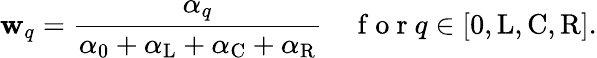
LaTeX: \mathbf{w}_{q}=\frac{{\alpha_{q}}}{{\alpha_{0}+\alpha_{\mathrm{{L}}}+\alpha_{\mathrm{{C}}}+\alpha_{\mathrm{{R}}}}}\quad\mathrm{{~f~o~r~}}q\in[\mathrm{{0,L,C,R}}].